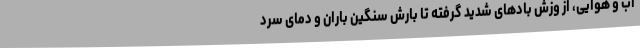
آب و هوایی، از وزش بادهای شدید گرفته تا بارش سنگین باران و دمای سرد